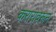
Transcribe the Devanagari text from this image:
करारावरून